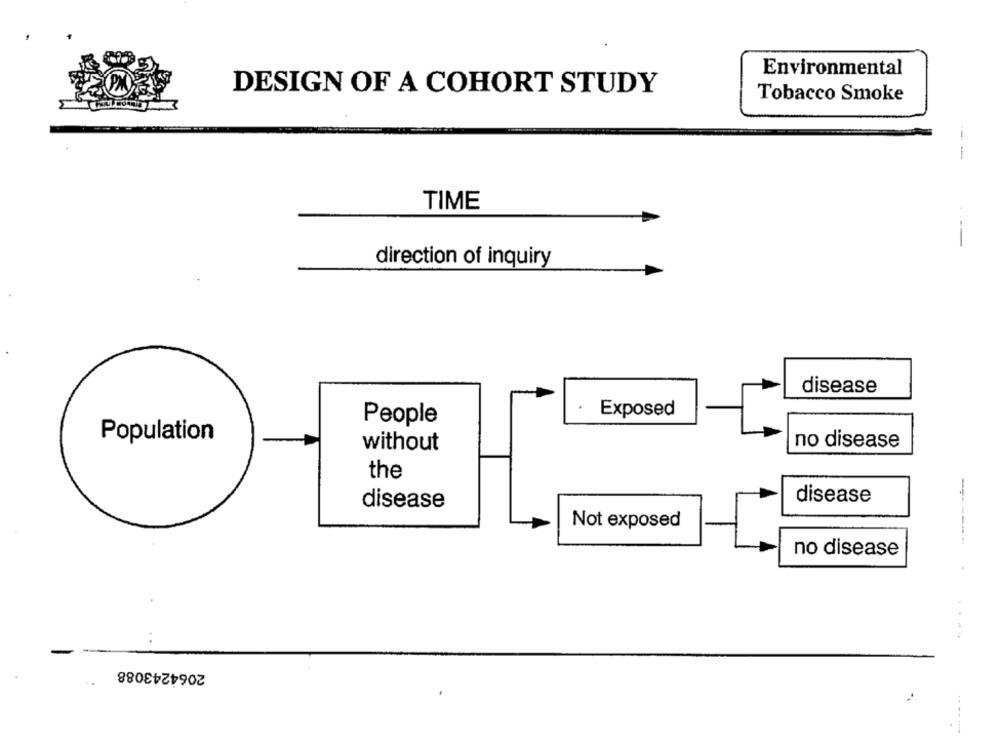
Environmental
DESIGN OF A COHORT STUDY
Tobacco Smoke
---
TIME
direction of inquiry
disease
Exposed
People
Population
no disease
without
the
disease
disease
Not exposed
------..
no disease
2064243088